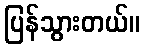
ပြန်သွားတယ်။